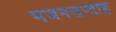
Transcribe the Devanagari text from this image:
भजनसप्‍ताह